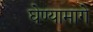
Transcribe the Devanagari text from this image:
घेण्यामागे